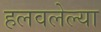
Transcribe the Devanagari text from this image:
हलवलेल्या